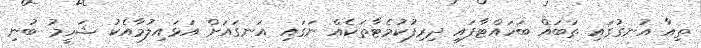
ތިއާ އުނގުގައި ތަބައް ބަހައްޓާފައި ދިރިފުކުމެޓާތަކެއް ނަގައި އަނގައަށް އަޅައިލުމާއެކު ޝަހީމު ބުނި